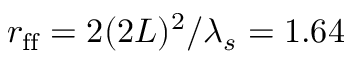
r _ { \mathrm { f f } } = 2 ( 2 L ) ^ { 2 } / \lambda _ { s } = 1 . 6 4